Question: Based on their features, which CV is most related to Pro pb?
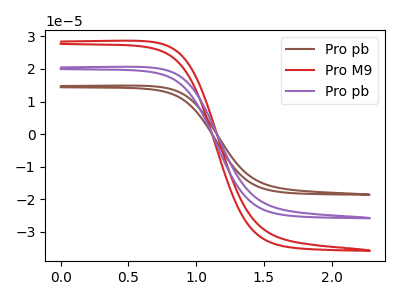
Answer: <think>The brown curve "Pro pb" has no peaks. The red curve "Pro M9" has no peaks. The purple curve "Pro pb" has no peaks.
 Neither "Pro pb" or "Pro M9" have any peaks. Neither "Pro pb" or "Pro pb" have any peaks. Neither "Pro M9" or "Pro pb" have any peaks.</think>
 <answer>"Pro pb" and "Pro pb" have a similar shape to "Pro M9".</answer>
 <eval>"Pro pb" "Pro pb"</eval>